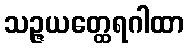
သဉ္ဇယတ္ထေရဂါထာ